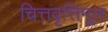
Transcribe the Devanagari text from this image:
चित्तवृत्तिमूल